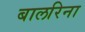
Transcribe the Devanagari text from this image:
बालरिना